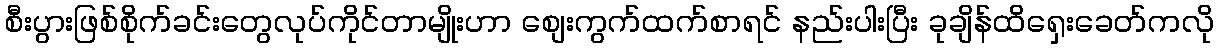
စီးပွားဖြစ်စိုက်ခင်းတွေလုပ်ကိုင်တာမျိုးဟာ စျေးကွက်ထက်စာရင် နည်းပါးပြီး ခုချိန်ထိရှေးခေတ်ကလို